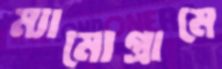
ম্যামোগ্রামে